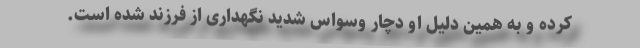
کرده و به همین دلیل او دچار وسواس شدید نگهداری از فرزند شده است.